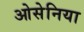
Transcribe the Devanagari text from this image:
ओसेनिया